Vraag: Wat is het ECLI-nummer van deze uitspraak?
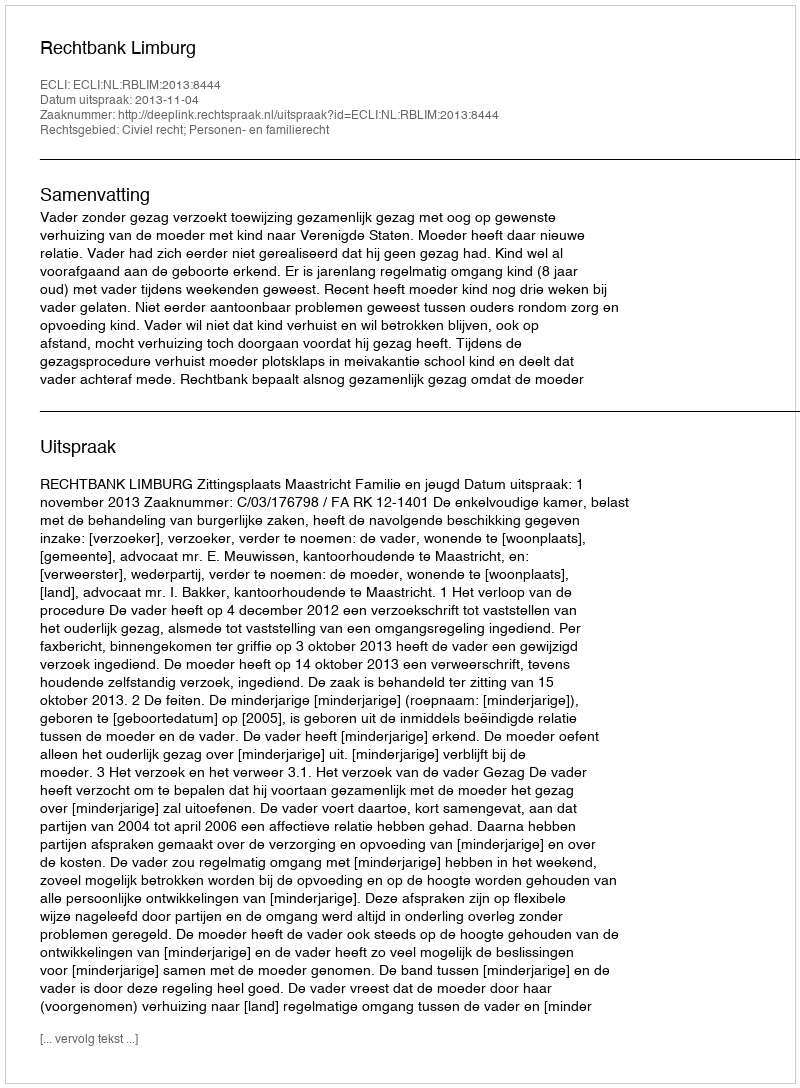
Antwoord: ECLI:NL:RBLIM:2013:8444